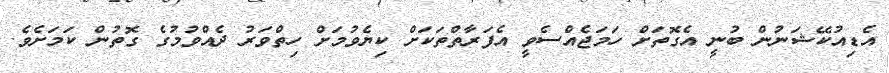
އެޑިއުކޭޝަނުން ބުނީ އެގޮތަށް ހަމަޖެއްސެވީ އެފަރާތްތަކަށް ކިޔެވުމަށް ހިތްވަރު ދެއްވުމުގެ ގޮތުން ކަމަށެވެ.